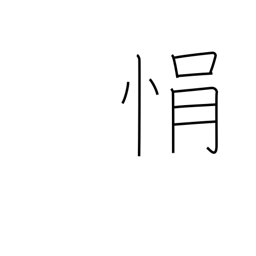
Meaning: impatience